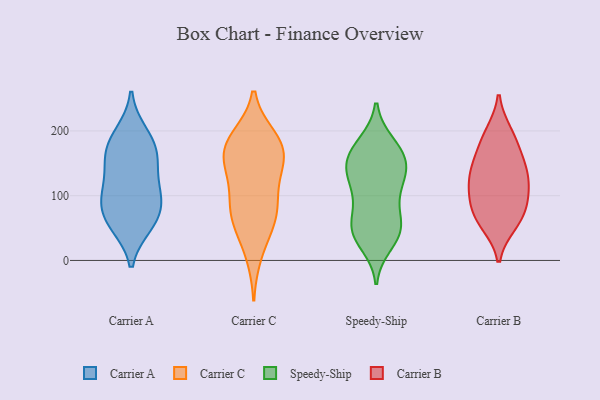
{"axis": {"x": "Population (Million)", "y": "Value"}, "legend": ["Carrier A", "Carrier B", "Carrier C", "Speedy-Ship"], "data": [{"x": "", "y": 164, "type": "Carrier A"}, {"x": "", "y": 185, "type": "Carrier A"}, {"x": "", "y": 57, "type": "Carrier A"}, {"x": "", "y": 98, "type": "Carrier A"}, {"x": "", "y": 101, "type": "Carrier A"}, {"x": "", "y": 151, "type": "Carrier A"}, {"x": "", "y": 88, "type": "Carrier A"}, {"x": "", "y": 117, "type": "Carrier A"}, {"x": "", "y": 55, "type": "Carrier A"}, {"x": "", "y": 65, "type": "Carrier A"}, {"x": "", "y": 196, "type": "Carrier A"}, {"x": "", "y": 161, "type": "Carrier A"}, {"x": "", "y": 72, "type": "Carrier C"}, {"x": "", "y": 10, "type": "Carrier C"}, {"x": "", "y": 180, "type": "Carrier C"}, {"x": "", "y": 128, "type": "Carrier C"}, {"x": "", "y": 82, "type": "Carrier C"}, {"x": "", "y": 95, "type": "Carrier C"}, {"x": "", "y": 189, "type": "Carrier C"}, {"x": "", "y": 54, "type": "Carrier C"}, {"x": "", "y": 150, "type": "Carrier C"}, {"x": "", "y": 63, "type": "Carrier C"}, {"x": "", "y": 141, "type": "Carrier C"}, {"x": "", "y": 183, "type": "Carrier C"}, {"x": "", "y": 170, "type": "Carrier C"}, {"x": "", "y": 170, "type": "Carrier C"}, {"x": "", "y": 49, "type": "Speedy-Ship"}, {"x": "", "y": 118, "type": "Speedy-Ship"}, {"x": "", "y": 25, "type": "Speedy-Ship"}, {"x": "", "y": 101, "type": "Speedy-Ship"}, {"x": "", "y": 59, "type": "Speedy-Ship"}, {"x": "", "y": 41, "type": "Speedy-Ship"}, {"x": "", "y": 130, "type": "Speedy-Ship"}, {"x": "", "y": 151, "type": "Speedy-Ship"}, {"x": "", "y": 39, "type": "Speedy-Ship"}, {"x": "", "y": 181, "type": "Speedy-Ship"}, {"x": "", "y": 173, "type": "Speedy-Ship"}, {"x": "", "y": 141, "type": "Speedy-Ship"}, {"x": "", "y": 148, "type": "Speedy-Ship"}, {"x": "", "y": 55, "type": "Speedy-Ship"}, {"x": "", "y": 153, "type": "Speedy-Ship"}, {"x": "", "y": 85, "type": "Speedy-Ship"}, {"x": "", "y": 111, "type": "Speedy-Ship"}, {"x": "", "y": 154, "type": "Speedy-Ship"}, {"x": "", "y": 46, "type": "Speedy-Ship"}, {"x": "", "y": 179, "type": "Speedy-Ship"}, {"x": "", "y": 68, "type": "Carrier B"}, {"x": "", "y": 168, "type": "Carrier B"}, {"x": "", "y": 196, "type": "Carrier B"}, {"x": "", "y": 134, "type": "Carrier B"}, {"x": "", "y": 126, "type": "Carrier B"}, {"x": "", "y": 62, "type": "Carrier B"}, {"x": "", "y": 103, "type": "Carrier B"}, {"x": "", "y": 190, "type": "Carrier B"}, {"x": "", "y": 86, "type": "Carrier B"}, {"x": "", "y": 148, "type": "Carrier B"}, {"x": "", "y": 57, "type": "Carrier B"}, {"x": "", "y": 133, "type": "Carrier B"}, {"x": "", "y": 99, "type": "Carrier B"}]}